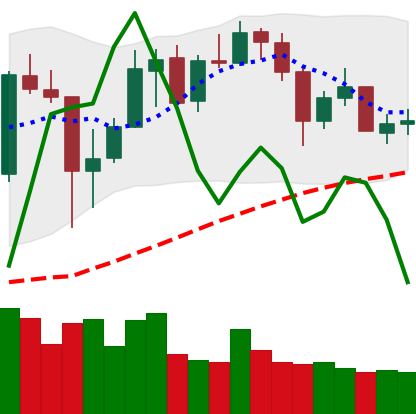
Ticker: XMR-USD
Chart end date: 2020-05-26
Forward return: 5.268%
Label: up_5_7